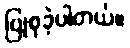
ပြုစုခဲ့ပါတယ်။